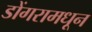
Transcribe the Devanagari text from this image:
डोंगरामधून